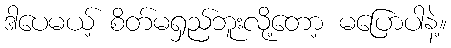
ဒါပေမယ့် စိတ်မရှည်ဘူးလို့တော့ မပြောပါနဲ့။